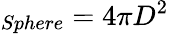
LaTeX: _{Sphere}=4\pi D^{2}